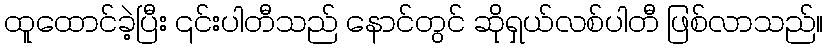
ထူထောင်ခဲ့ပြီး ၎င်းပါတီသည် နောင်တွင် ဆိုရှယ်လစ်ပါတီ ဖြစ်လာသည်။